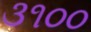
૩૧૦૦